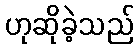
ဟုဆိုခဲ့သည်